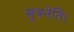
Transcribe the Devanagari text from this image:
सूत्रनेति।